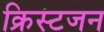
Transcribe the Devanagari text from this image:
क्रिस्टजन